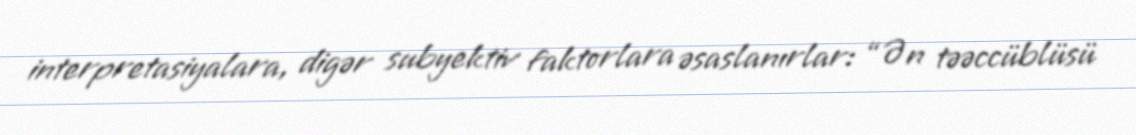
interpretasiyalara, digər subyektiv faktorlara əsaslanırlar: “Ən təəccüblüsü